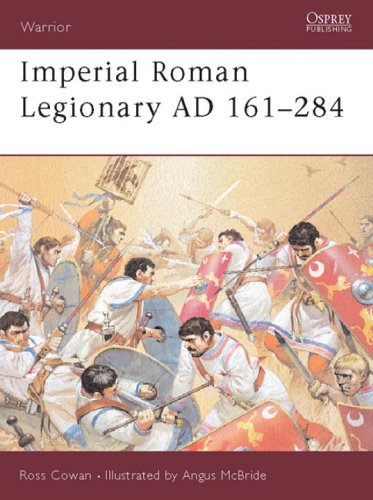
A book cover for Warrior 72: Imperial Roman Legionary AD 161-284; Ross Cowan; History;